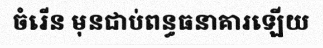
ចំរើន មុនជាប់ពន្ធធនាគារឡើយ